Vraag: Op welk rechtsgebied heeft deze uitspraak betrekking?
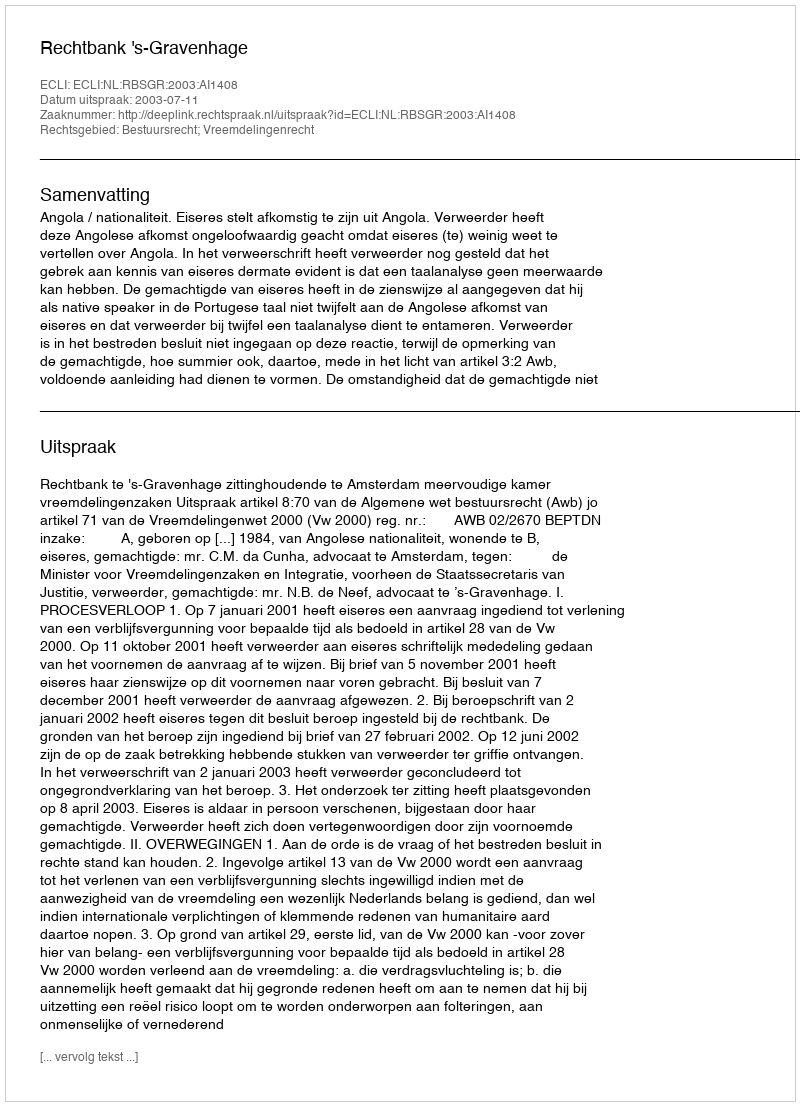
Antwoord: Bestuursrecht; Vreemdelingenrecht